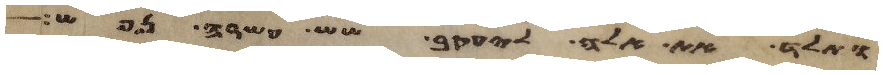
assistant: ותלד את אלה ליעקב שש עשרה נפש